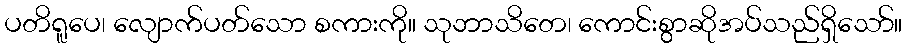
ပတိရူပေ၊ လျောက်ပတ်သော စကားကို။ သုဘာသိတေ၊ ကောင်းစွာဆိုအပ်သည်ရှိသော်။